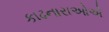
કાઢનારાઓએ